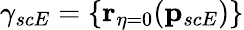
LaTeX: \mathbf{\gamma}_{scE}=\{ \mathbf{r}_{\eta=0}(\mathbf{p}_{scE})\}